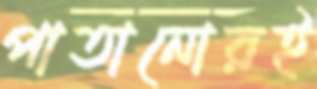
পাতানোরই